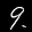
Label: 9